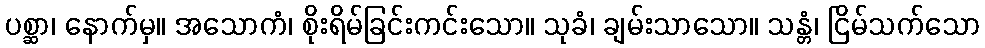
ပစ္ဆာ၊ နောက်မှ။ အသောကံ၊ စိုးရိမ်ခြင်းကင်းသော။ သုခံ၊ ချမ်းသာသော။ သန္တံ၊ ငြိမ်သက်သော